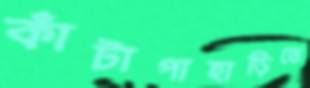
কাঁটাপাহাড়িতে